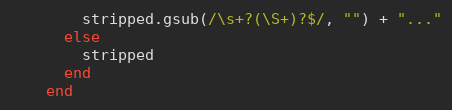
Language: Ruby
        stripped.gsub(/\s+?(\S+)?$/, "") + "..."
      else
        stripped
      end
    end